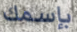
بإسمك